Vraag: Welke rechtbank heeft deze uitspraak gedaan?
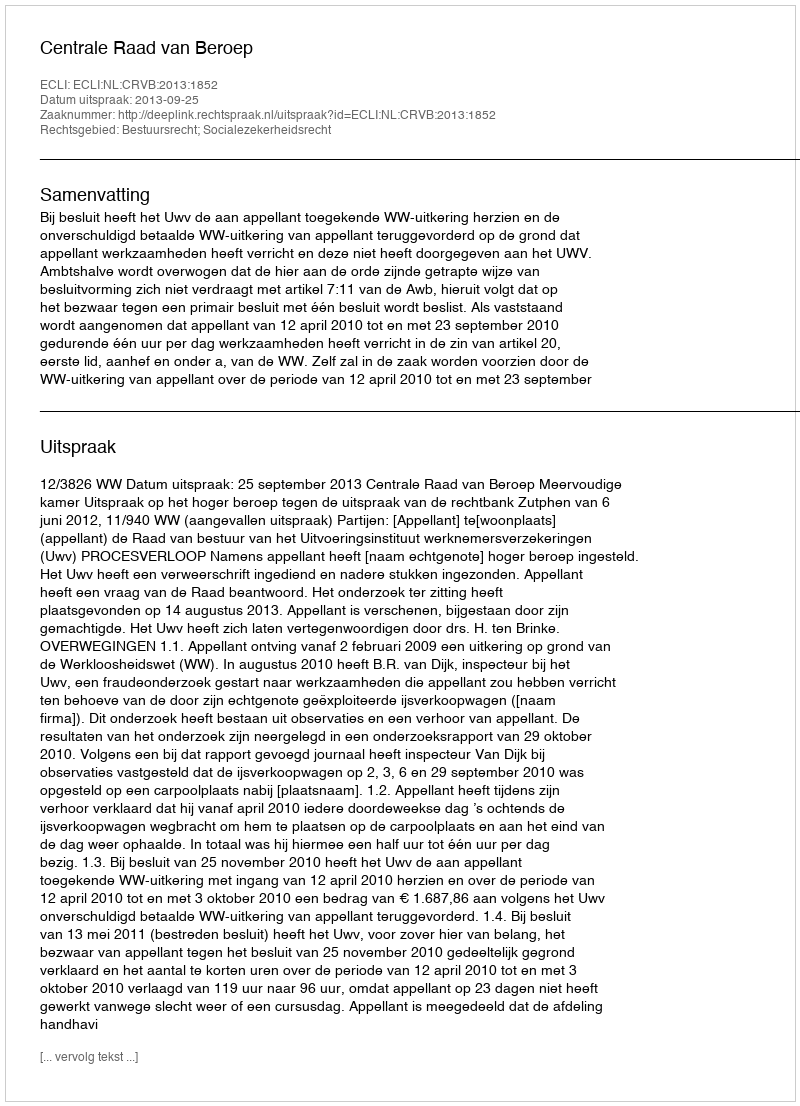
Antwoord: Centrale Raad van Beroep